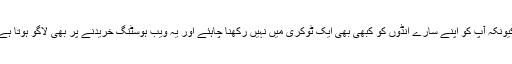
کیونکہ آپ کو اپنے سارے انڈوں کو کبھی بھی ایک ٹوکری میں نہیں رکھنا چاہئے اور یہ ویب ہوسٹنگ خریدنے پر بھی لاگو ہوتا ہے۔